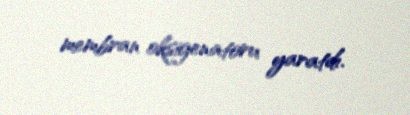
membran oksigenatoru yaratdı.